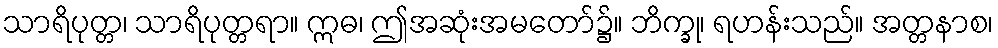
သာရိပုတ္တ၊ သာရိပုတ္တရာ။ ဣဓ၊ ဤအဆုံးအမတော်၌။ ဘိက္ခု၊ ရဟန်းသည်။ အတ္တနာစ၊